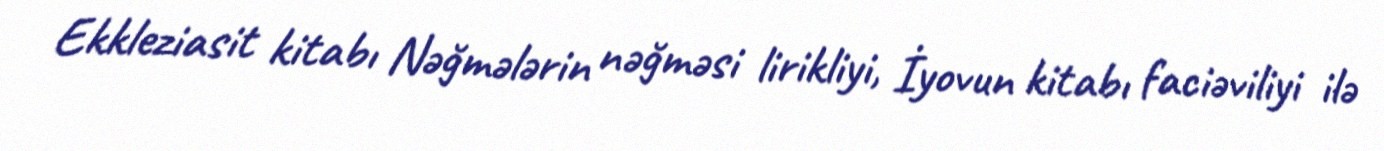
Ekkleziasit kitabı Nəğmələrin nəğməsi lirikliyi, İyovun kitabı faciəviliyi ilə